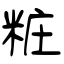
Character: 粧